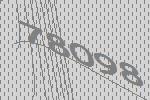
78098